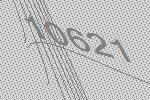
10621